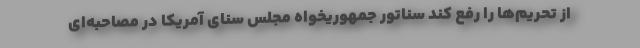
از تحریم‌ها را رفع کند سناتور جمهوریخواه مجلس سنای آمریکا در مصاحبه‌ای